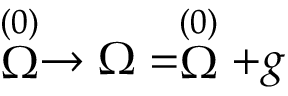
\stackrel { ( 0 ) } { \Omega } \rightarrow \Omega = \stackrel { ( 0 ) } { \Omega } + g